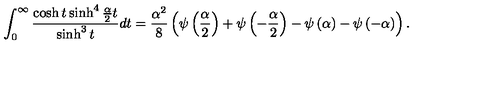
\int _ { 0 } ^ { \infty } \frac { \cosh t \sinh ^ { 4 } \frac { \alpha } { 2 } t } { \sinh ^ { 3 } t } d t = \frac { \alpha ^ { 2 } } { 8 } \left( \psi \left( \frac { \alpha } { 2 } \right) + \psi \left( - \frac { \alpha } { 2 } \right) - \psi \left( \alpha \right) - \psi \left( - \alpha \right) \right) .